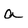
Character: a